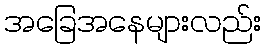
အခြေအနေများလည်း